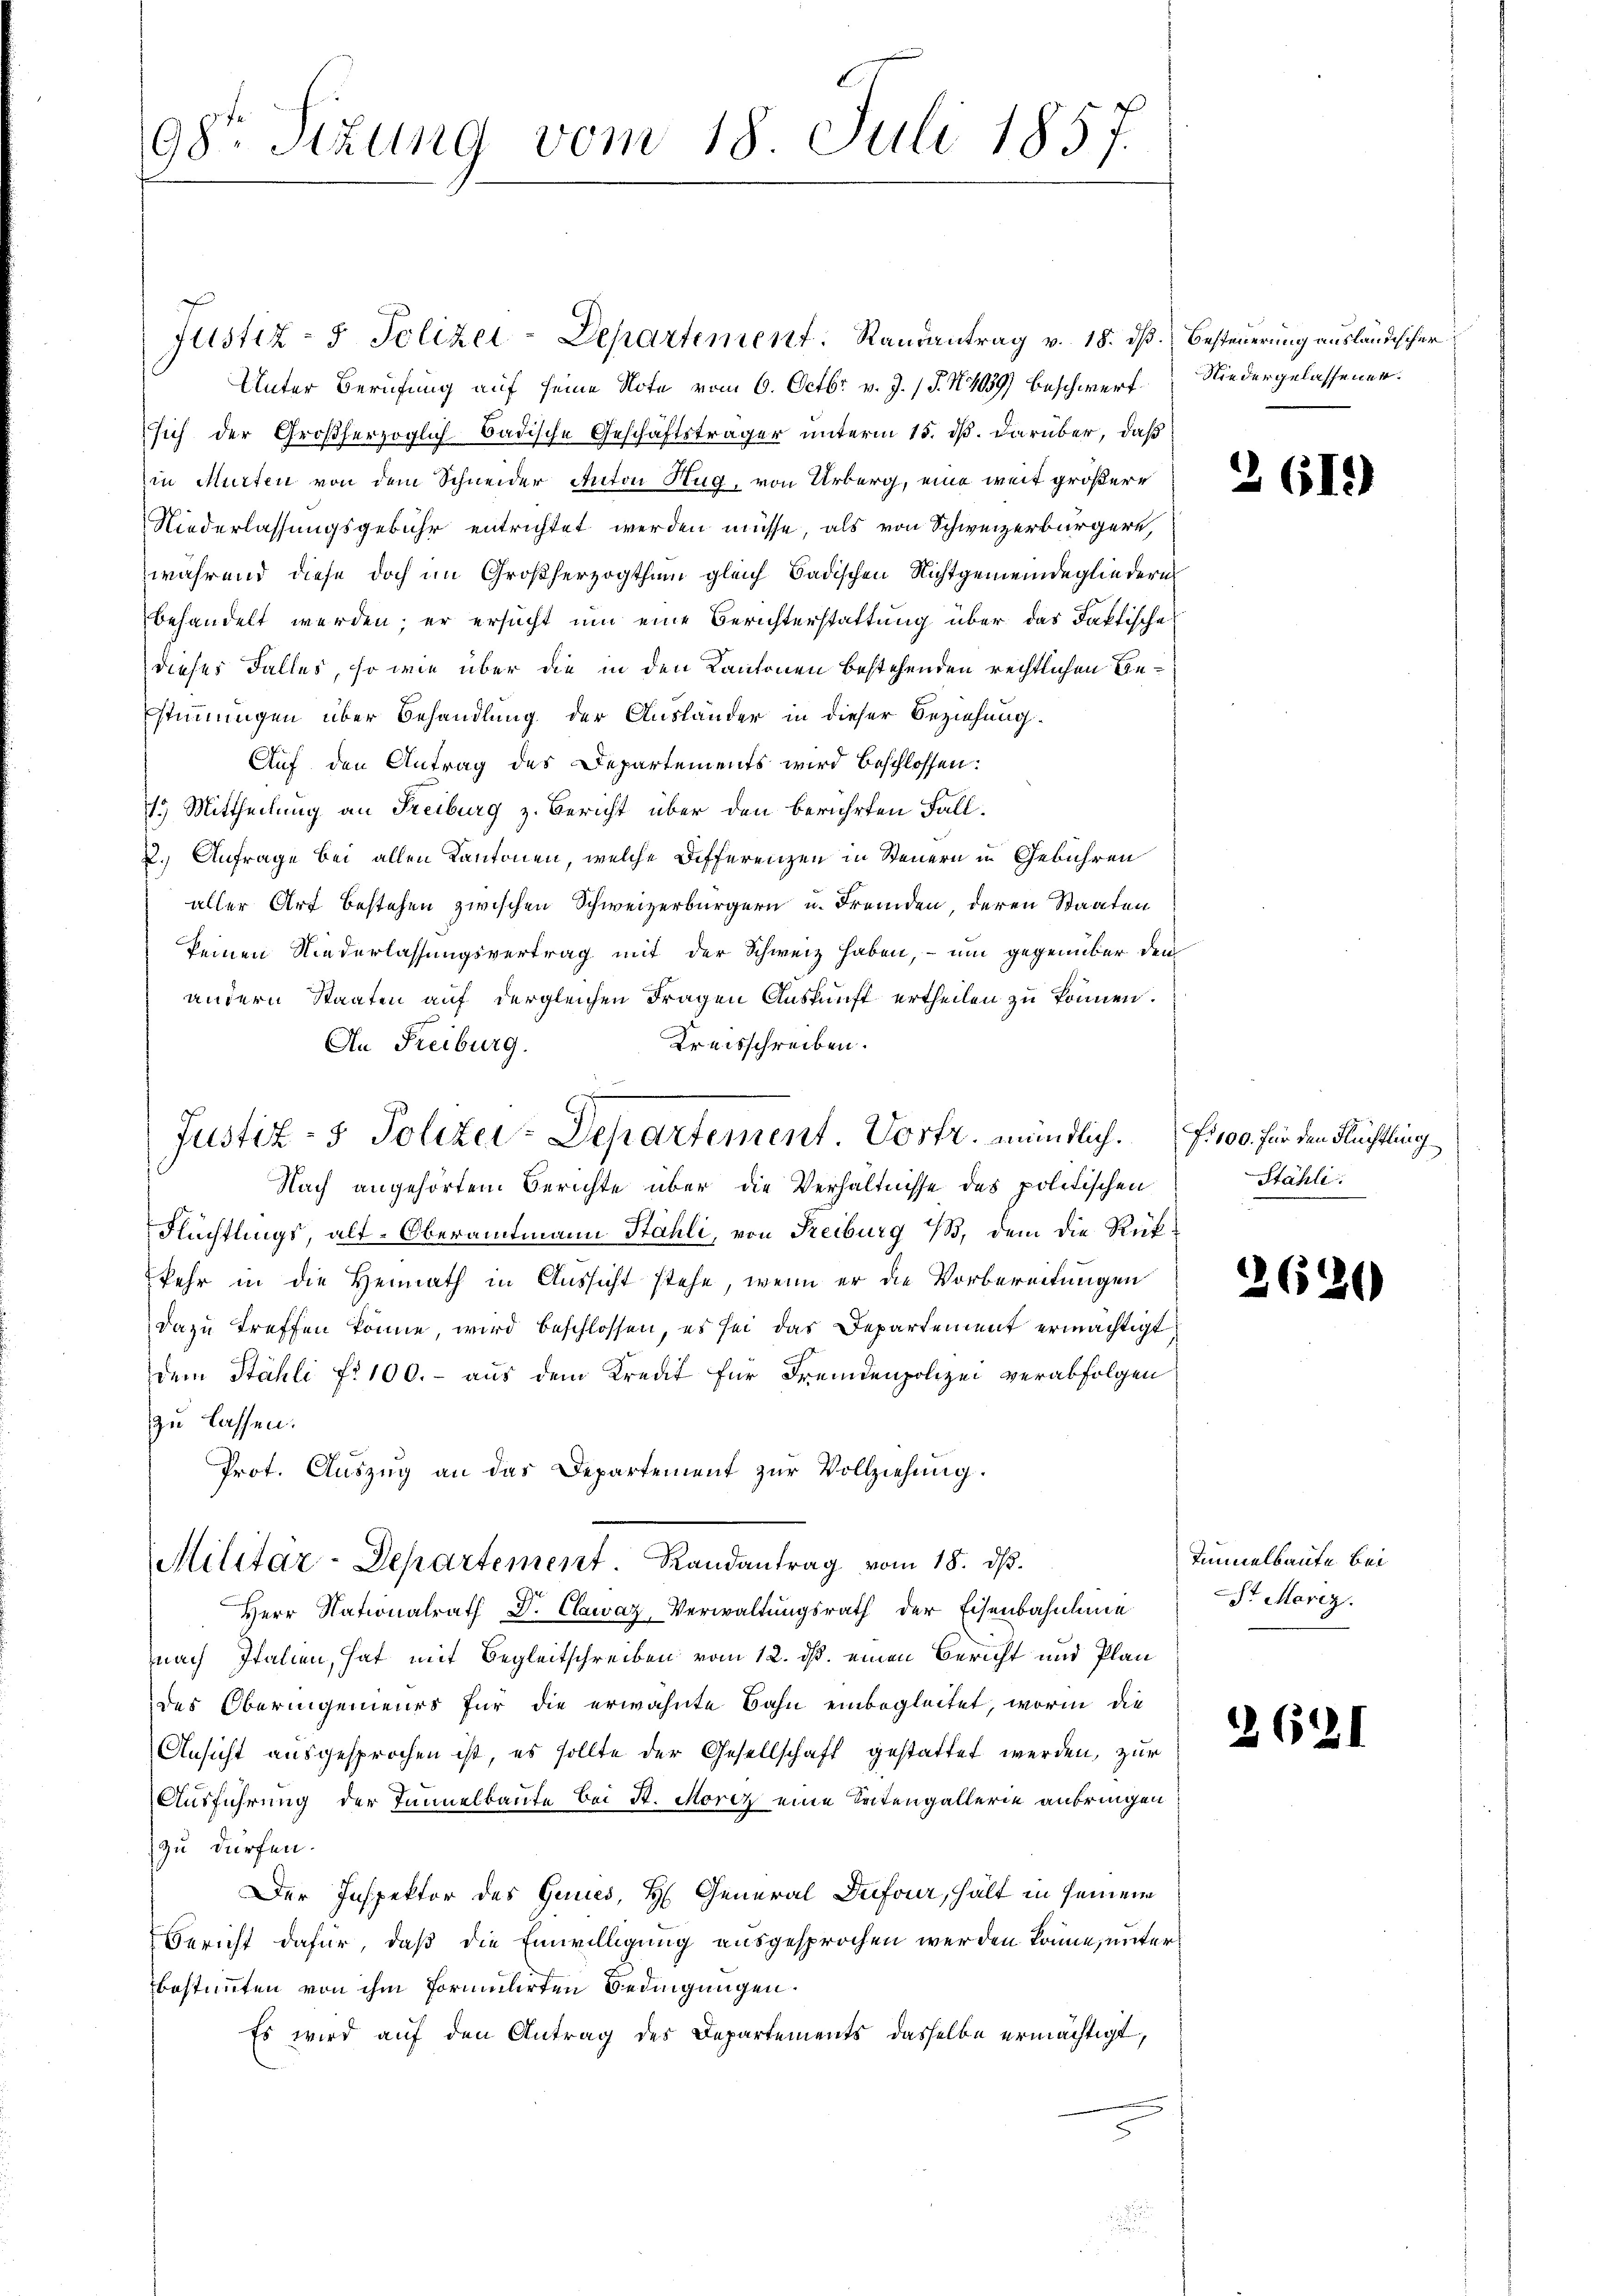
98te Sizung vom 18. Juli 1857.

Justiz- & Polizei-Departement. Randantrag v. 18. dβ. Besteuerung ausländischer
Unter Berufung auf seine Note vom 6. Octbr. v. J. P. N. 459) Beschwerf Niedergelassener.
sich der Großherzoglich badische Geschäftsträger unterm 15. dß. darüber, daß
in Murten von dem Schneider Anton Hug, von Urberg, eine weit größere
Niederlassungsgebühr entrichtet werden müsse, als von Schweizerbürgern,
während diese doch im Großherzogthum gleich Badischen Nichtgemeindegliedern
behandelt werden; er ersucht um eine Berichterstattung über das Faktische
dieses Falles, so wie über die in den Kantonen bestehenden rechtlichen Bestimmungen über Behandlung der Ausländer in dieser Beziehung
Auf den Antrag des Departements wird beschlossen:
1.) Mittheilung an Freiburg z. Bericht über den berührten Fall.
2.) Anfrage bei allen Kantonen, welche Differenzen in Steuern in Gebühren
aller Art bestehen zwischen Schweizerbürgern u. Fremden, deren Staaten
keinen Niederlassungsvertrag mit der Schweiz haben, – um gegenüber den
andern Staaten auf dergleichen Fragen Auskunft ertheilen zu können.
Kreisschreiben.
An Freiburg.
Nach angehörtem Berichte über die Verhältnisse des politischen
Flüchtlings, alt-Oberamtmann Stähli, von Reiburg /B, dem die Rükkehr in die Heimath in Aussicht stehe, wenn er die Vorbereitungen
dazu treffen könne, wird beschlossen, es sei das Departement ermächtigt,
dem Stähli fr. 100.- aus dem Kreat für Fremdenpolizei verabfolgen
zu lassen.
Prot. Auszug an das Departement zur Vollziehung.
Militar-Departement. Randantrag vom 18. ds.
Herr Nationalrath D. Clawaz-Verwaltungsrath der Eisenbahnline
nach Italien, hat mit Begleitschreiben vom 12. ds. einen Bericht und Plan
des Oberingenieurs für die erwähnte Bahn einbegleitet, worin die
Ansicht ausgesprochen ist, es sollte der Gesellschaft gestattet werden, zur
Ausführung der Tunnelbaute bei St. Moriz eine Seitengallerie anbringen
zu dürfen.
Der Inspektor des Genes, H. General Dufour, hält in seinem
Bericht dafür, daß die Einwilligung ausgesprochen werden könne, unter
bestimmten von ihm formulirten Bedingungen.
Es wird auf den Antrag des Departements dasselbe ermächtigt,
.

Justiz- & Polizei-Departement Vortr. mündlich. f. 100. für den Flüchtling

2612)

Stähli

262)

Tunnelbaute bei
St Mariz.

2621